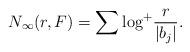
LaTeX: \begin{align*}N_\infty(r,F) = \sum {\rm log}^+ \frac{r}{|b_j|}.\end{align*}